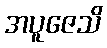
အပူဇေသိ